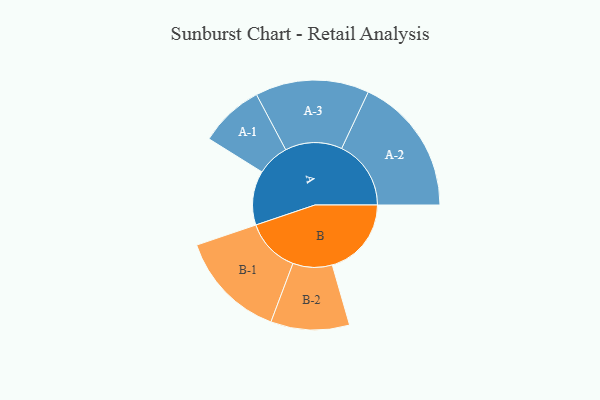
{"axis": {"x": "Segment", "y": "Value"}, "legend": ["", "A", "B"], "data": [{"x": "A", "y": 222, "type": ""}, {"x": "B", "y": 324, "type": ""}, {"x": "A-1", "y": 132, "type": "A"}, {"x": "A-2", "y": 284, "type": "A"}, {"x": "A-3", "y": 233, "type": "A"}, {"x": "B-1", "y": 222, "type": "B"}, {"x": "B-2", "y": 161, "type": "B"}]}